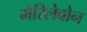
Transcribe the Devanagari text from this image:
मेरिलेबोन